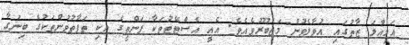
އަމިއްލަ ޒާތުގައި އުވާލެވުން މަޖުބޫރުވެއެވެ. އެއީ އެސްޓޭޓުތަކާ ފަންތީގެ އެކި ތަފާތުވުންތަކުގެ ބިނަގާ